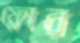
ফ্লোর